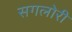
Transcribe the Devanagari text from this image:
सगलोरी